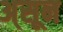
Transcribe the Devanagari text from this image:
अ्सून